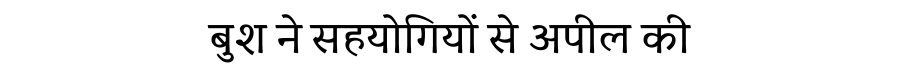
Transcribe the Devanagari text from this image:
बुश ने सहयोगियों से अपील की